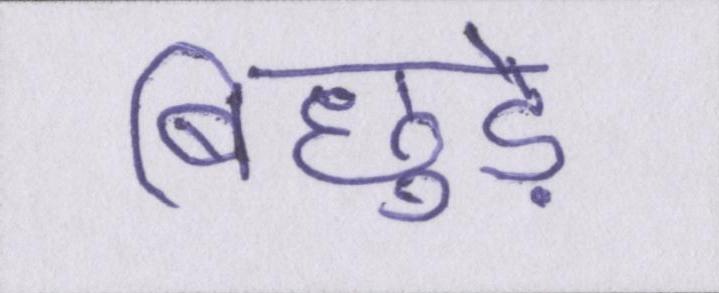
बिछुड़े